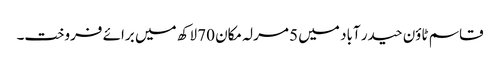
قاسم ٹاؤن حیدر آباد میں 5 مرلہ مکان 70 لاکھ میں برائے فروخت۔